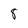
Character: 8